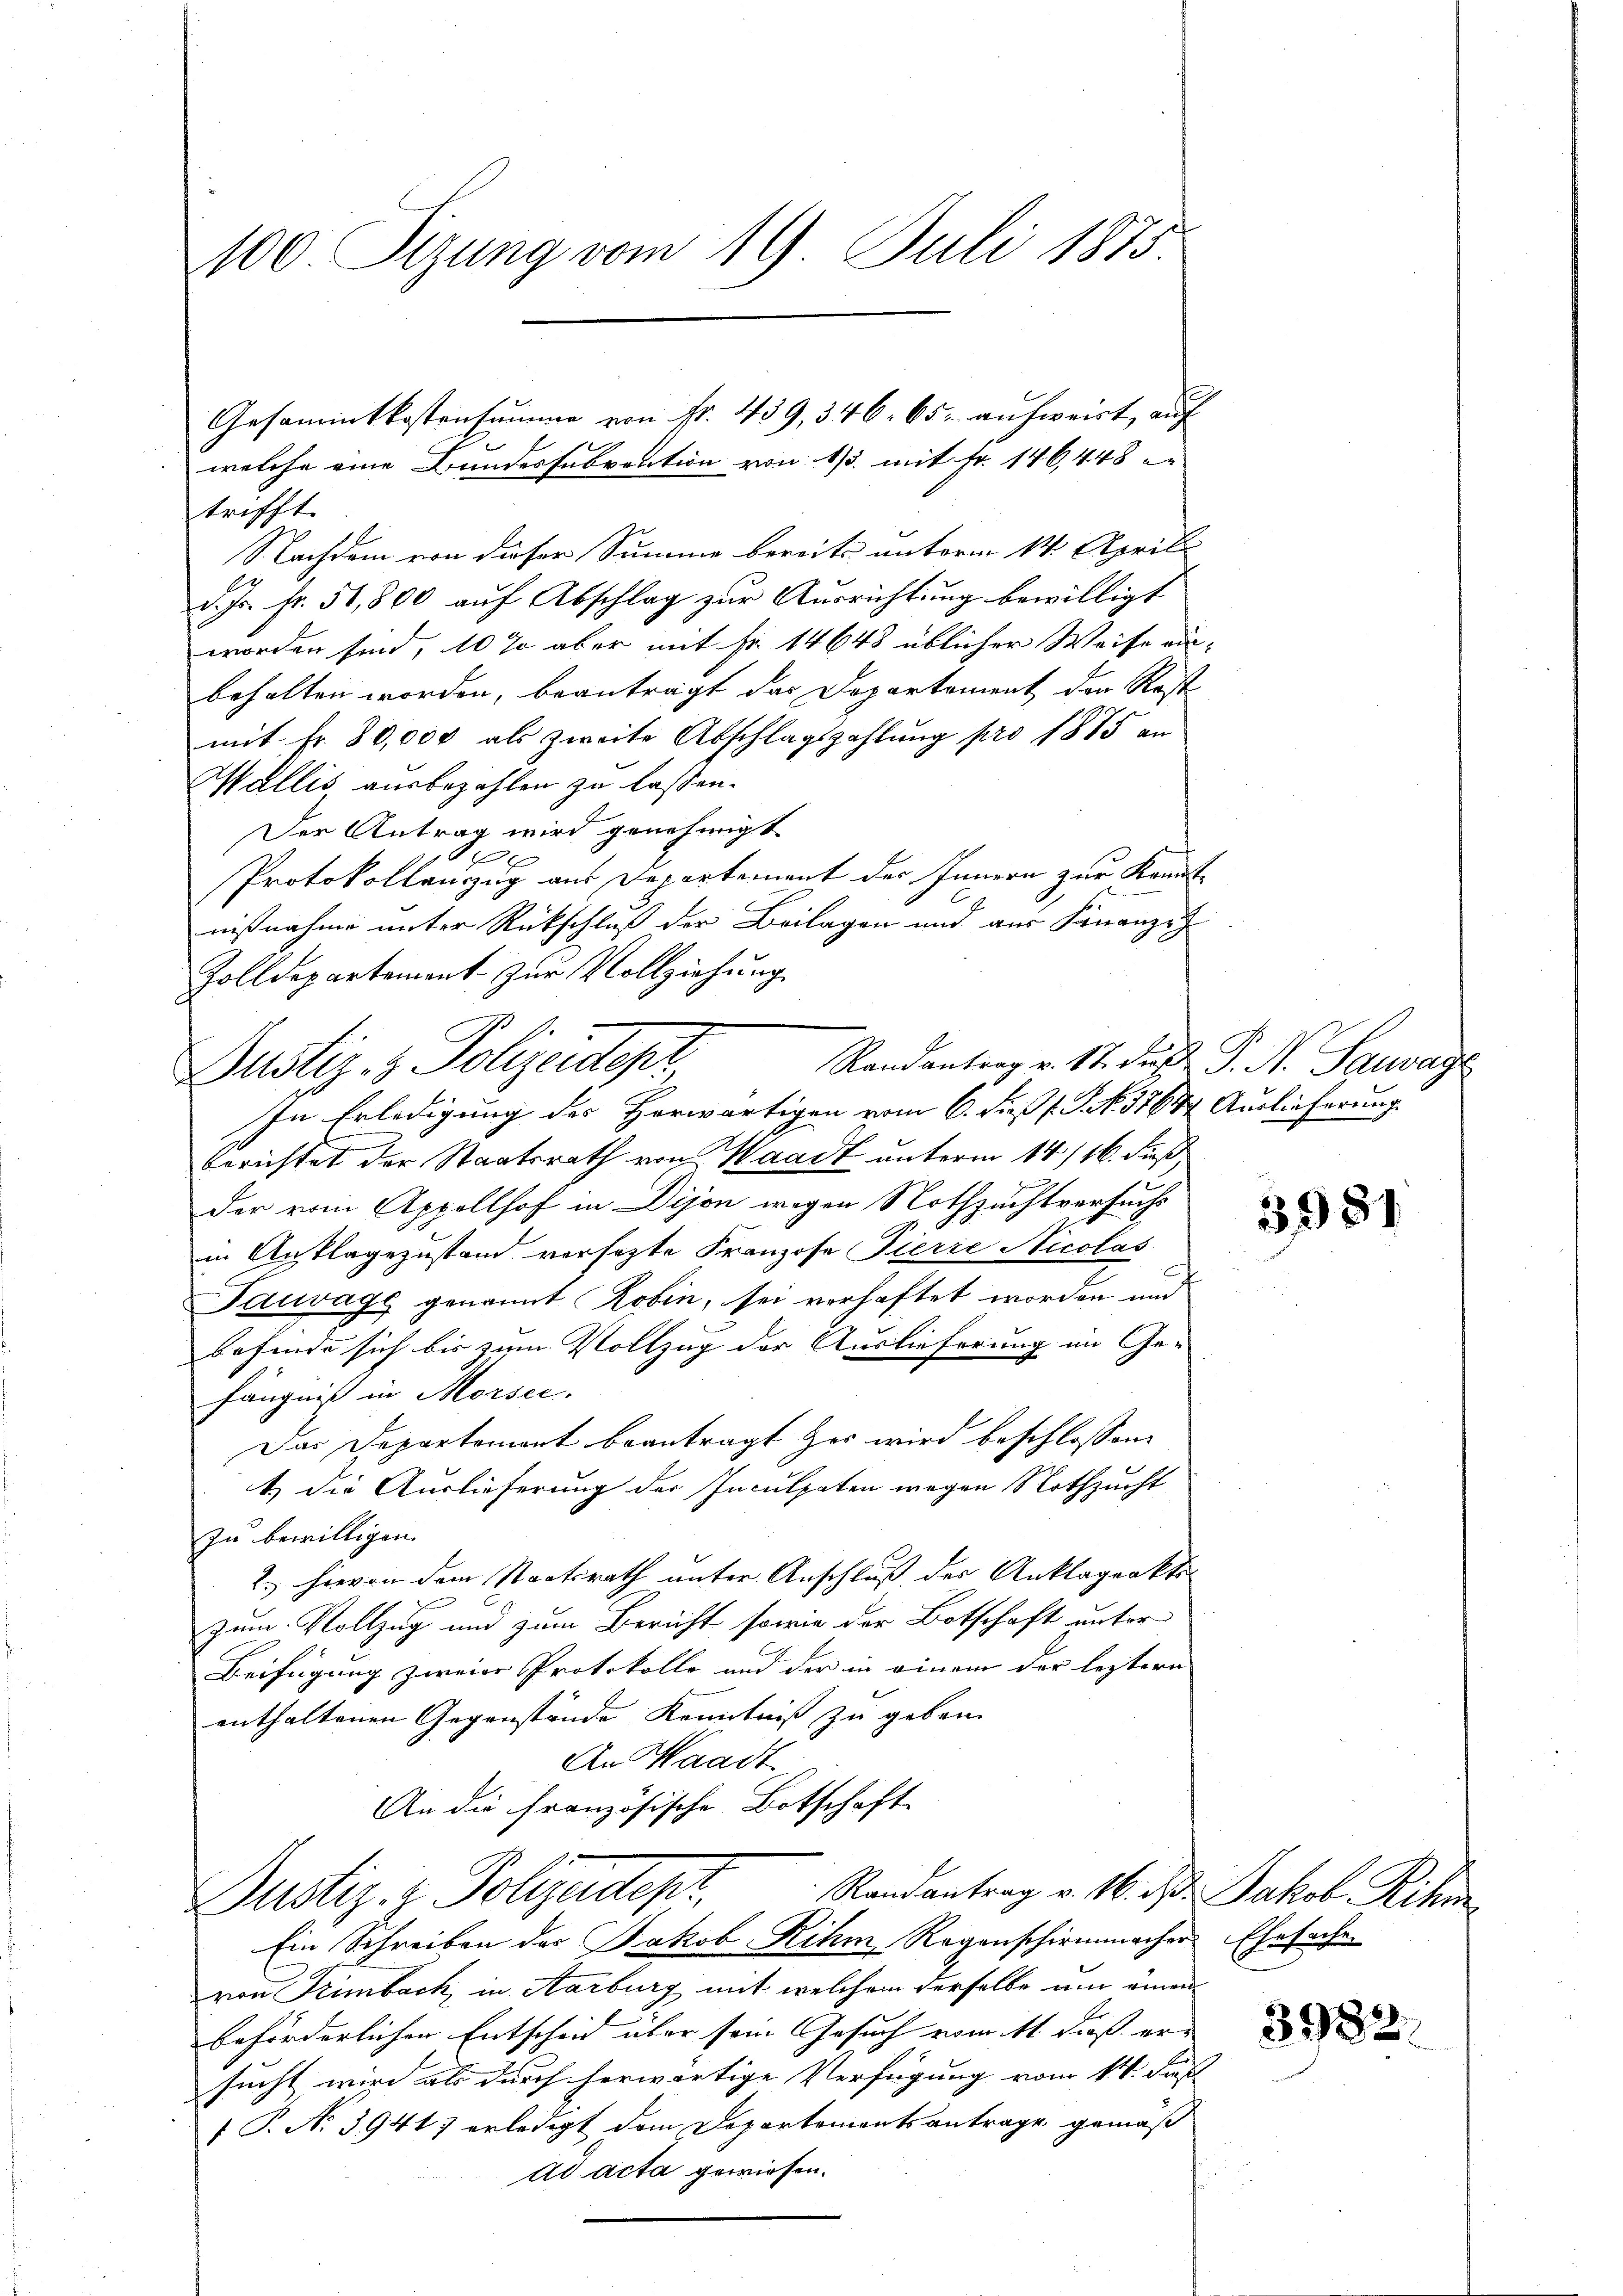
100. Sizung vom 19. Juli 1875.

trifft.
Nachdem von dieser Summe bereits unterm 14. Aprili
d. Js. fr. 51,800 auf Abschlag zur Ausrichtung bewilligt
worden sind, 10 % aber mit Fr. 14648 üblicher Weise ein-
behalten worden, beanträgt das Departement der Rest
mit Fr. 80,000 als zweite Abschlagszahlŭng pro 1875 an
Wallis ausbezahlen zu lassen.
Der Antrag wird genehmigt.
e
Protokollauszug aus Departement des Innern zur Kenntnißnahme unter Rückschluß der Beilagen und aus Finanze
Zolldepartement zur Vollziehung
In Erledigung des Herwärtigen vom 6. dieß s. S. N. 3764. Auslieferung
berichtet der Staatsrath von Waadt unterm 14/16. dieß
der vom Appellhof in Dijon wegen Nothzuchtversuchs
in Auflagezustand versetzte Franzose Pierie Nicolas
Tauvagg genannt Robin, sei verhaftet worden und
befinde sich bis zum Vollzug der Auslieferung im Ge-
fängnis in Morsee.
Das Departement beantragt zur wird beschlossen:
t) die Auslieferung der Inculpaten wegen Nothzucht
zu bewilligen.
2.) Hievon dem Staatsrath unter Anschluß des Anklageakti-

zum Vollzug und zum Bericht sowie der Botschaft unter
Beifügung zweige Protokolle und der in einem der leztern
enthaltenen Gegenstände Kenntniß zu geben.
An Waadt,
An die französische Botschaft
Randantrag v. 16. d. Jakob Rihm.
Dustiz- & Polizentepr
Ein Schreiben des Jakob Rihm, Regenschirmmacher Ehesache
von Trimbach, in Aarburg mit welchem derselbe am einen
beförderlichen Entscheid über sein Gesuch vom 11. daß ersucht, wird als durch herwärtige Verfügung vom 14. Fuß
 P. No 39417 erledigt dem Departementsantrage gemäß
ad acta gewiesen.

Gesammtkostensumme von Fr. 439, 346. 65 aufweist, auf
welche eine Bundessubvention von 1/3. mit Fr. 146, 448

Randantrag v. 17. d. P. N. Sauwage
Dustiz- & Polizeidepr

3981

3982.